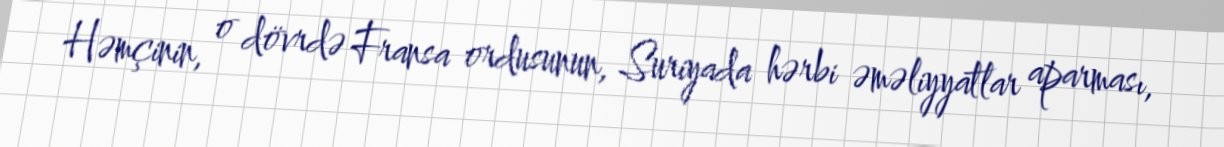
Həmçinin, o dövrdə Fransa ordusunun, Suriyada hərbi əməliyyatlar aparması,